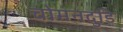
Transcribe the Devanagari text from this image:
चोमनदुडि